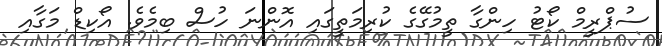
ސުޕްރީމް ކޯޓު ހިންގާ ތީމުގޭގެ ކުރިމަތީގައި އޮންނަ ހުސް ބިމެވެ. އޯކިޑް މަގާއި